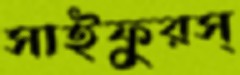
সাইফুরস্